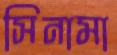
সিনামা